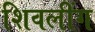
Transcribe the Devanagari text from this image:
शिवलींग